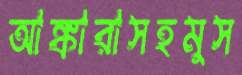
আঙ্কারাসহমুস